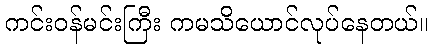
ကင်းဝန်မင်းကြီး ကမသိယောင်လုပ်နေတယ်။